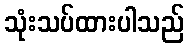
သုံးသပ်ထားပါသည်